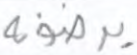
يرضونه